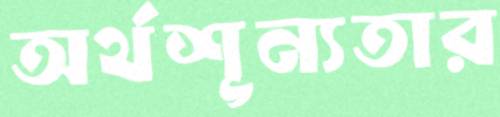
অর্থশূন্যতার